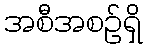
အစီအစဉ်ရှိ